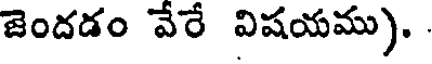
జెందడం వేరే విషయము).